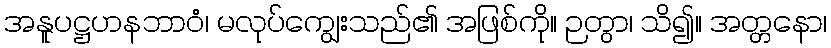
အနူပဋ္ဌဟနဘာဝံ၊ မလုပ်ကျွေးသည်၏ အဖြစ်ကို။ ဉတွာ၊ သိ၍။ အတ္တနော၊